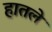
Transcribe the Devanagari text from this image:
हातले